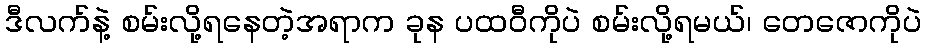
ဒီလက်နဲ့ စမ်းလို့ရနေတဲ့အရာက ခုန ပထဝီကိုပဲ စမ်းလို့ရမယ်၊ တေဇောကိုပဲ